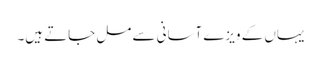
یہاں کے ویزے آسانی سے مل جاتے ہیں۔